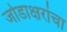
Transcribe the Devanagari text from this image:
जोडाक्षरांचा